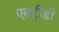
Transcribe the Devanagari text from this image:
एसटी़डी